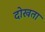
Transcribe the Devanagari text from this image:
दोखता